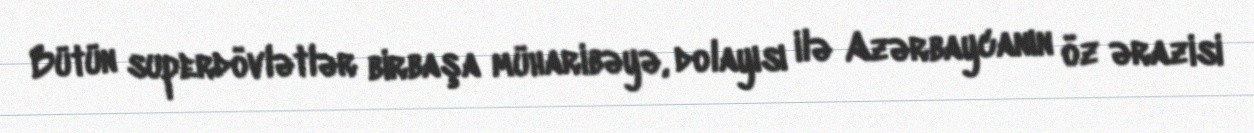
Bütün superdövlətlər birbaşa müharibəyə, dolayısı ilə Azərbaycanın öz ərazisi